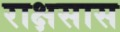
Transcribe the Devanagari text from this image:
राक्षसास